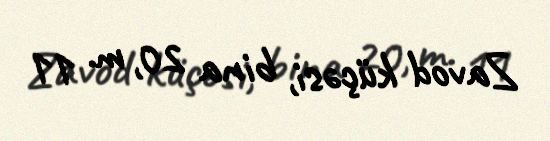
Zavod küçəsi, bina 20, m. 11